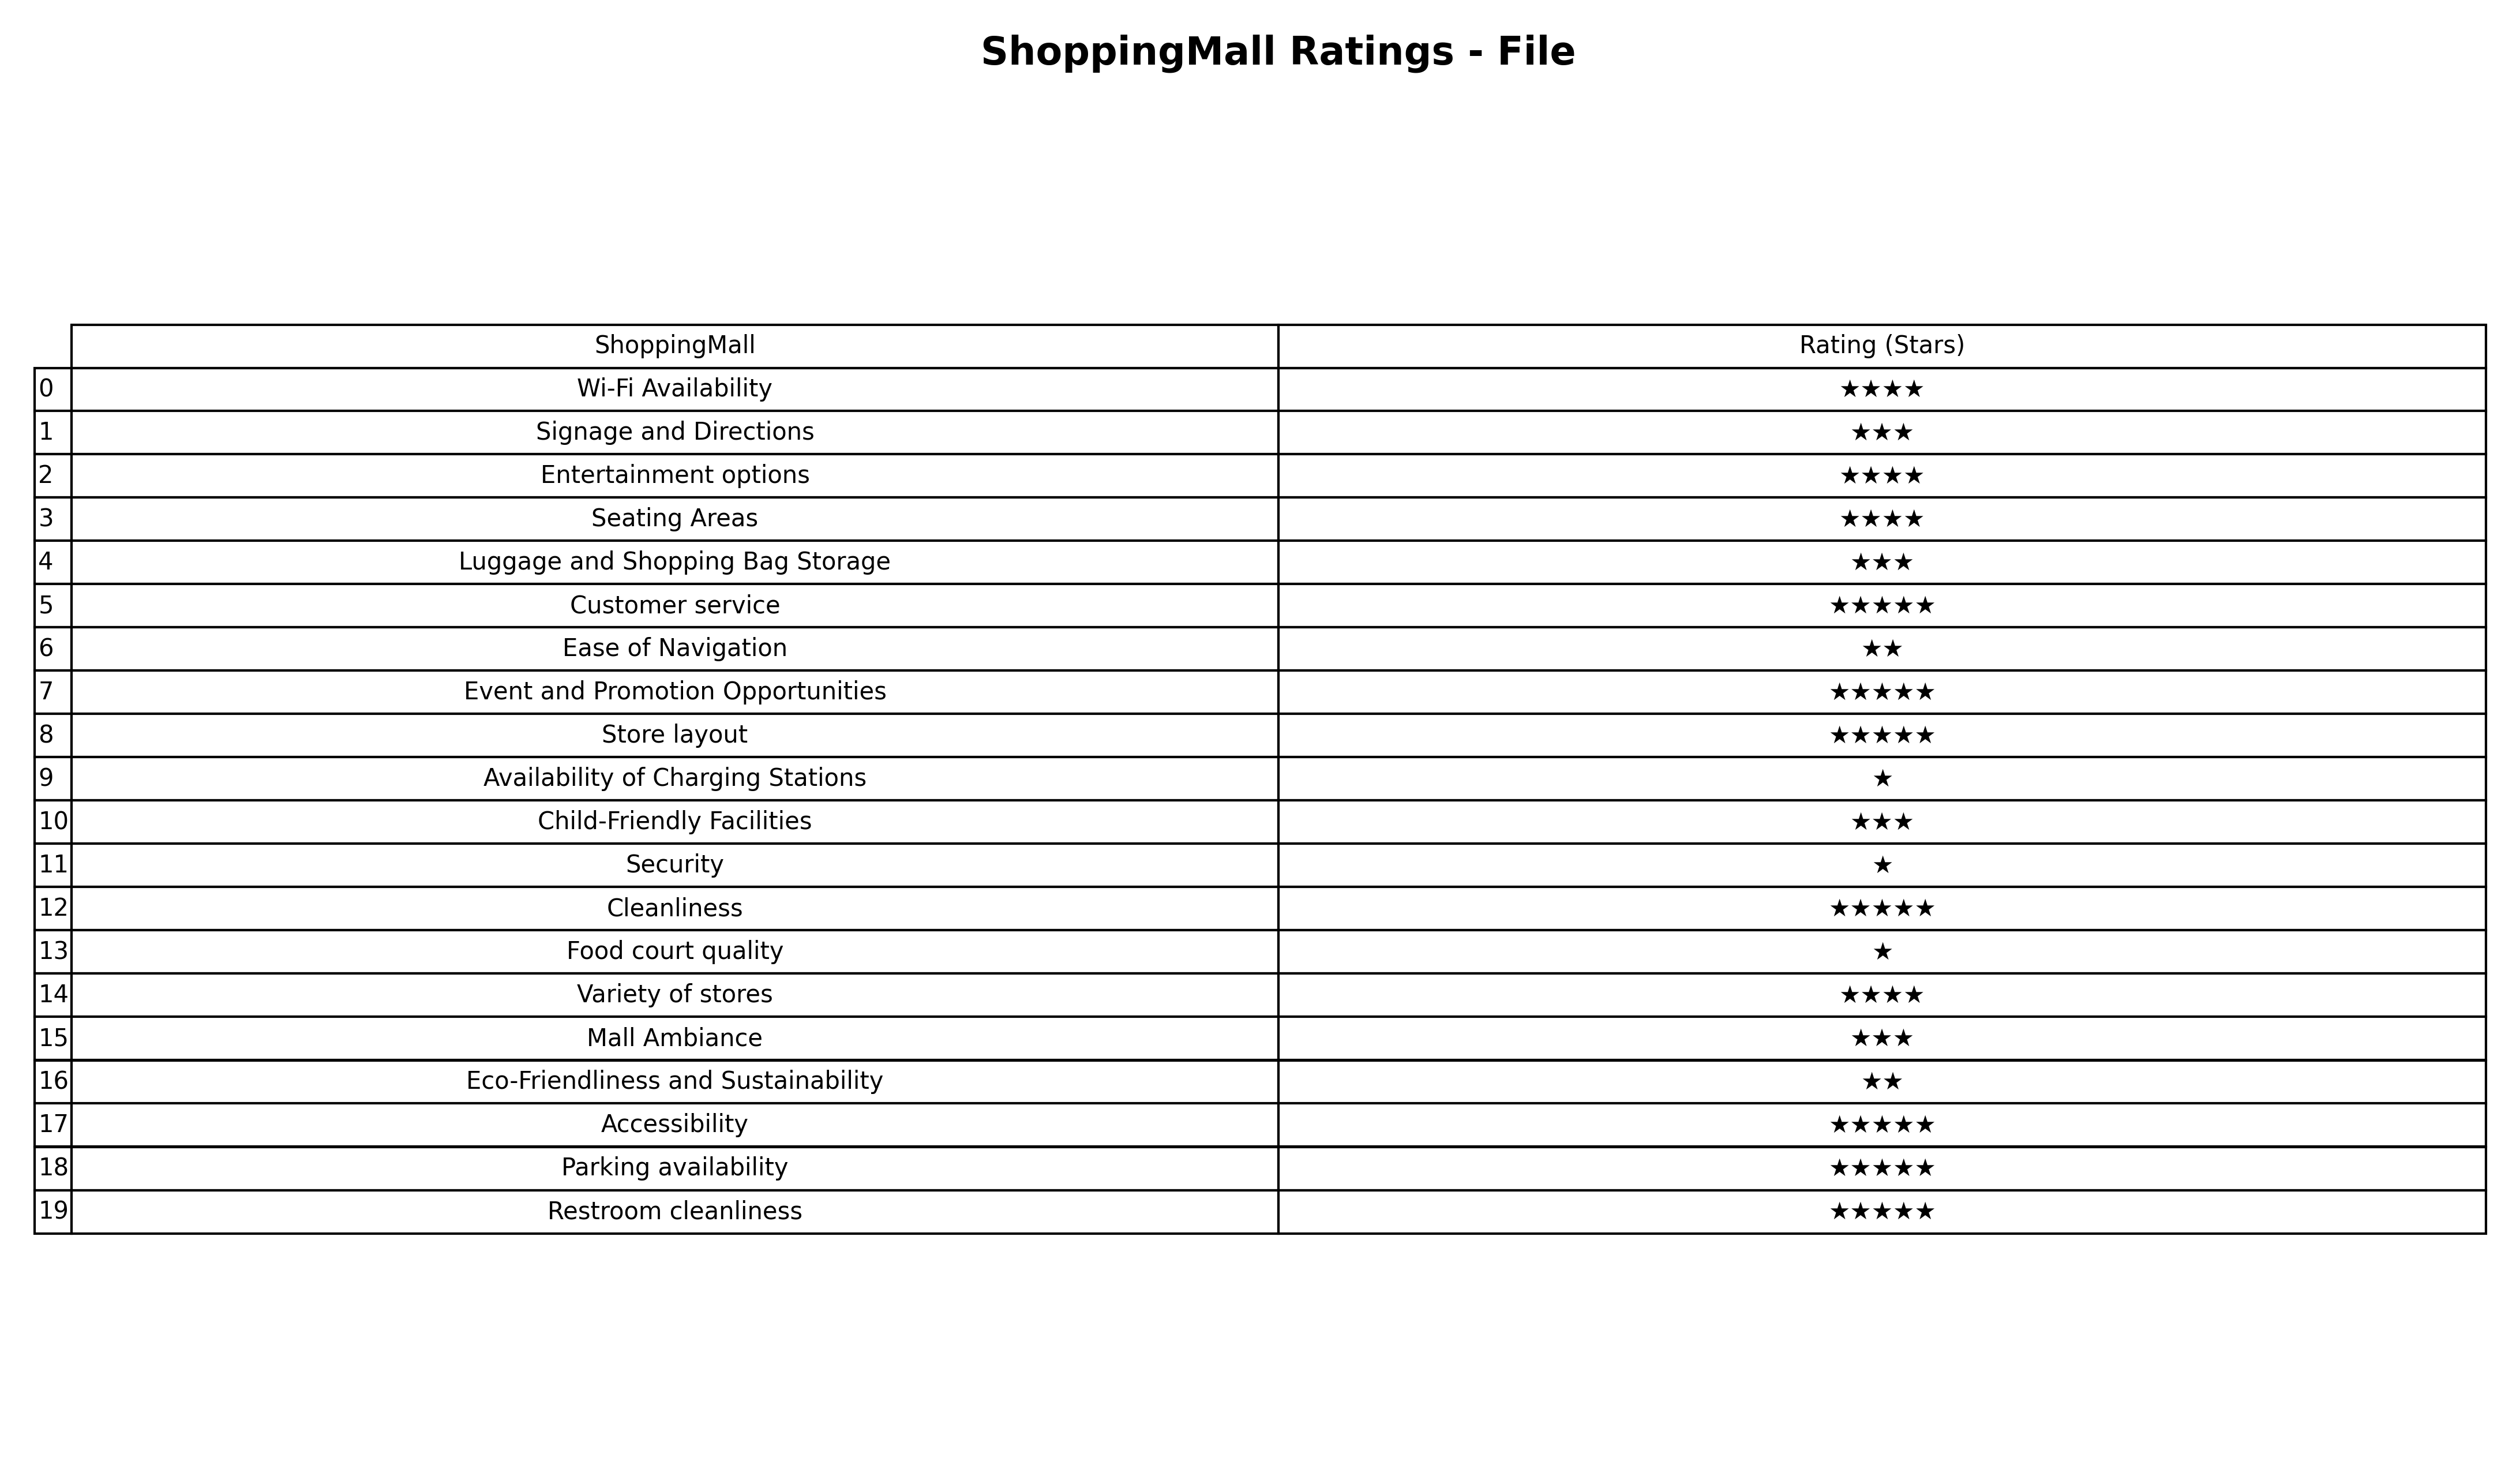
question: What is the rating of Store layout?
answer: ★★★★★